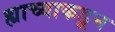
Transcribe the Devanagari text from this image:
ह्याच्याकडून